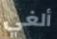
ألغي